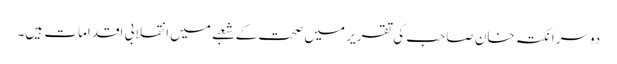
دوسرا نکتہ خان صاحب کی تقریر میں صحت کے شعبے میں انقلابی اقدامات ہیں۔